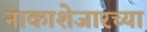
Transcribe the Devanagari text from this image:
नाकाशेजारच्या